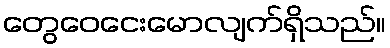
တွေဝေငေးမောလျက်ရှိသည်။